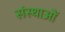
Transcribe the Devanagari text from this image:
संस्थाआें